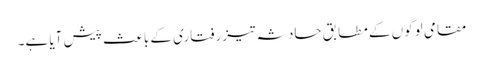
مقامی لوگوں کے مطابق حادثہ تیز رفتاری کے باعث پیش آیا ہے۔